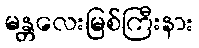
မန္တလေးမြစ်ကြီးနား